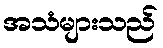
အသံများသည်